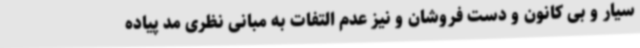
سیار و بی کانون و دست فروشان و نیز عدم التفات به مبانی نظری مد پیاده